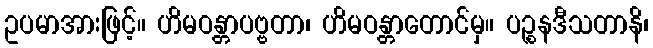
ဥပမာအားဖြင့်။ ဟိမဝန္တာပဗ္ဗတာ၊ ဟိမဝန္တာတောင်မှ။ ပဉ္စနဒီသတာနိ၊